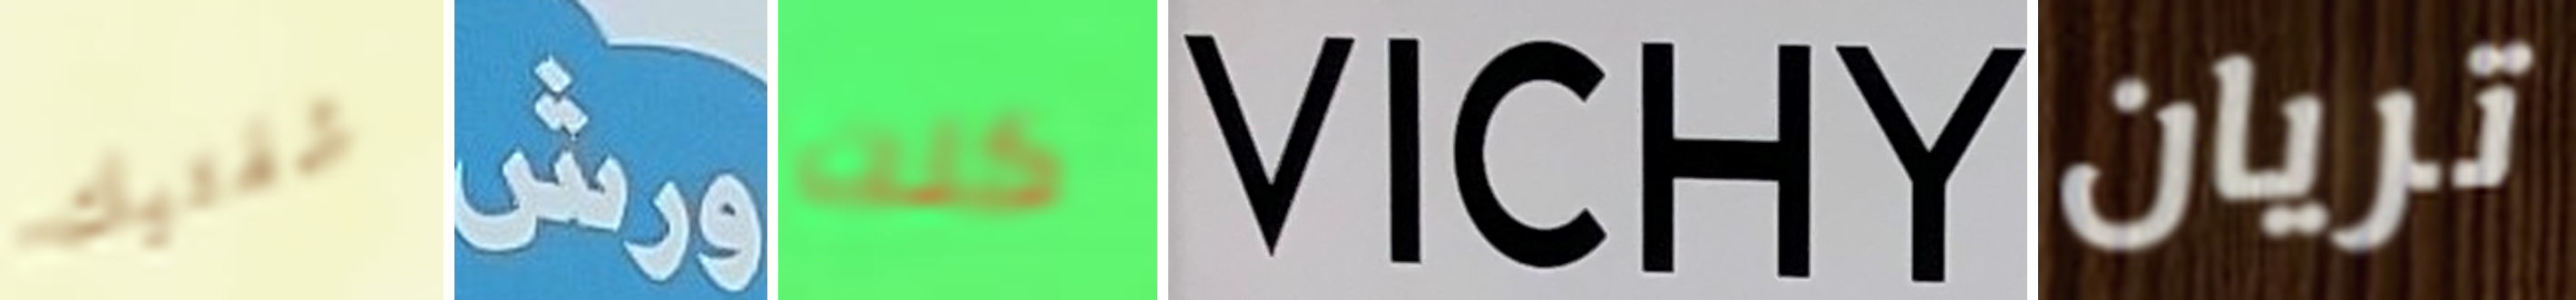
شفتيك ورش كنت VICHY تريان